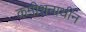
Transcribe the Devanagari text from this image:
कमीशनाधीन